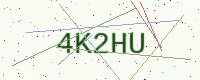
Text: 4K2HU